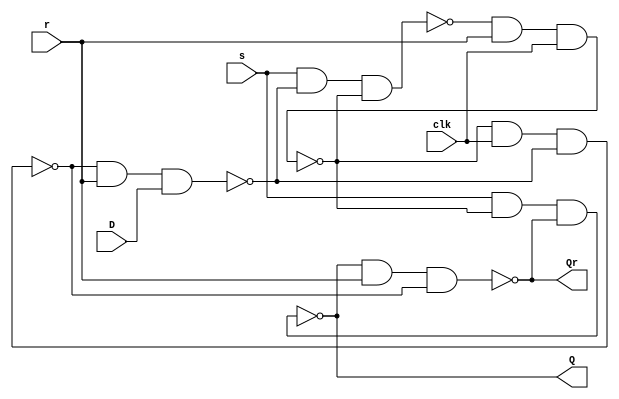
module Dflipflop(s,r,clk,D,Q,Qr);
	input wire s,r,clk,D;
	output wire Q,Qr;
	nand(L1,s,L4,L2);
	nand(L2,L1,r,clk);
	nand(L3,L2,clk,L4);
	nand(L4,L3,r,D);
	nand(Q,s,L2,Qr);
	nand(Qr,Q,r,L3);
endmodule

module DflipflopDescibe(clk,r,D,Q,Qr);
	input wire clk,D,r;
	reg temp;
	output wire Q,Qr;
	always@(posedge clk or negedge r)
	begin
		if(r==1'b0) temp<=4'b0000;
		else temp<=D;
	end
	assign Q=temp;
	assign Qr=~temp;
endmodule